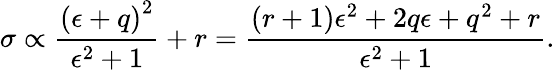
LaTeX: \sigma\propto\frac{{(\epsilon+q)}^{2}}{\epsilon^{2}+1}+r=\frac{(r+1)\epsilon^{2}+2q\epsilon+q^{2}+r}{\epsilon^{2}+1}.